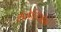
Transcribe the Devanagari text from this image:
शॅमेलिऑन